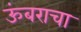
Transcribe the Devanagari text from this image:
ऊंबराचा